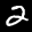
Label: 2